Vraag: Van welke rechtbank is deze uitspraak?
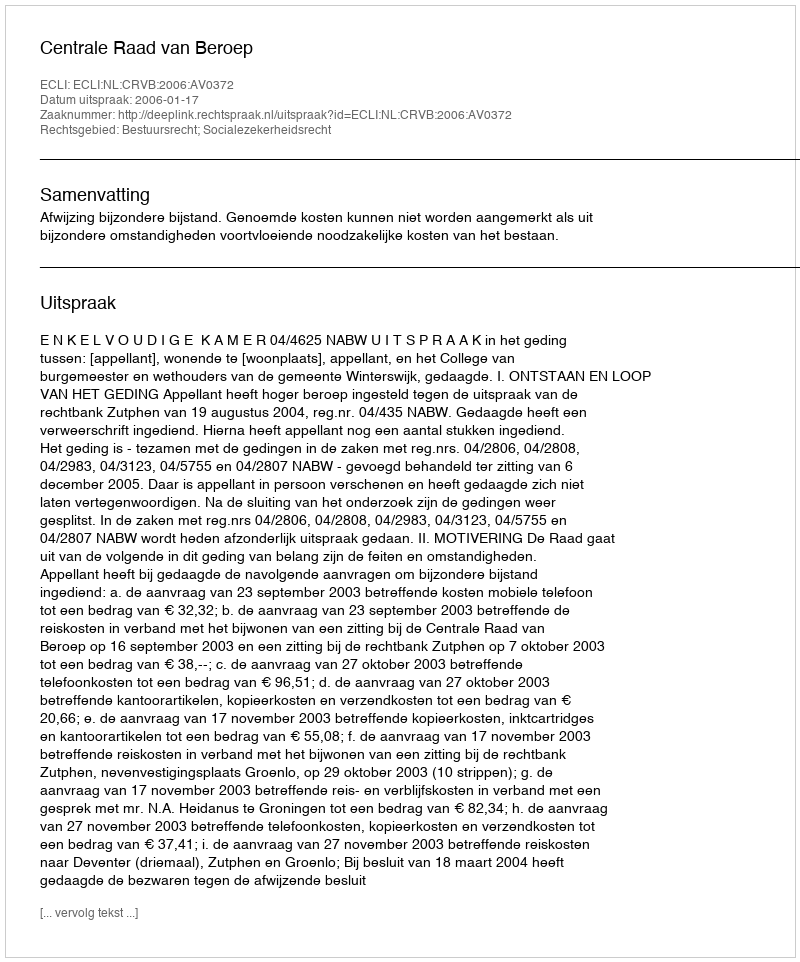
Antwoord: Centrale Raad van Beroep